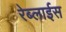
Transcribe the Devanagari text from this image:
रेब्लाईस